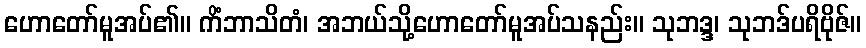
ဟောတော်မူအပ်၏။ ကိံဘာသိတံ၊ အဘယ်သို့ဟောတော်မူအပ်သနည်း။ သုဘဒ္ဒ၊ သုဘဒ်ပရိဗိုဇ်။